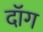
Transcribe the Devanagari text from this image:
दॉग